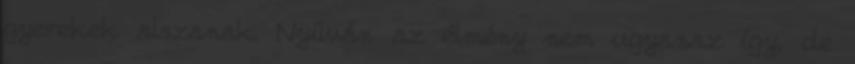
gyerekek alszanak. Nyílván az élmény nem ugyanaz így, de